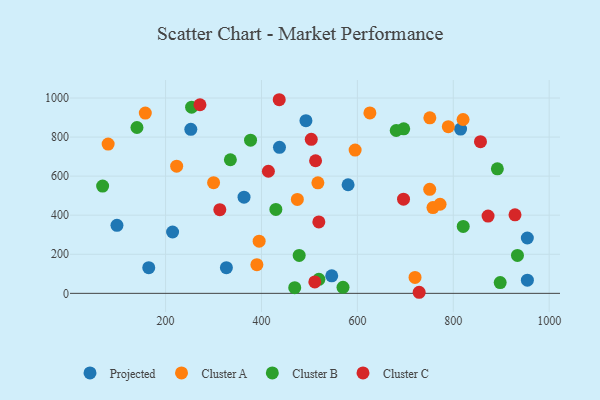
{"axis": {"x": "Investment", "y": "Salary"}, "legend": ["Cluster A", "Cluster B", "Cluster C", "Projected"], "data": [{"x": "954.5", "y": 67.3, "type": "Projected"}, {"x": "164.9", "y": 131.4, "type": "Projected"}, {"x": "98.6", "y": 348.0, "type": "Projected"}, {"x": "580.6", "y": 555.8, "type": "Projected"}, {"x": "492.7", "y": 884.1, "type": "Projected"}, {"x": "437.5", "y": 747.5, "type": "Projected"}, {"x": "326.8", "y": 131.2, "type": "Projected"}, {"x": "954.4", "y": 283.3, "type": "Projected"}, {"x": "252.6", "y": 839.5, "type": "Projected"}, {"x": "546.5", "y": 89.5, "type": "Projected"}, {"x": "363.6", "y": 492.5, "type": "Projected"}, {"x": "815.2", "y": 841.0, "type": "Projected"}, {"x": "214.6", "y": 313.9, "type": "Projected"}, {"x": "757.6", "y": 439.0, "type": "Cluster A"}, {"x": "390.4", "y": 146.7, "type": "Cluster A"}, {"x": "595.3", "y": 733.6, "type": "Cluster A"}, {"x": "820.4", "y": 889.8, "type": "Cluster A"}, {"x": "626.1", "y": 923.5, "type": "Cluster A"}, {"x": "80.2", "y": 764.0, "type": "Cluster A"}, {"x": "720.2", "y": 81.7, "type": "Cluster A"}, {"x": "395.1", "y": 267.0, "type": "Cluster A"}, {"x": "300.1", "y": 566.4, "type": "Cluster A"}, {"x": "750.8", "y": 532.4, "type": "Cluster A"}, {"x": "474.8", "y": 480.7, "type": "Cluster A"}, {"x": "223.1", "y": 651.1, "type": "Cluster A"}, {"x": "789.6", "y": 853.3, "type": "Cluster A"}, {"x": "157.7", "y": 922.6, "type": "Cluster A"}, {"x": "751.1", "y": 898.3, "type": "Cluster A"}, {"x": "772.4", "y": 456.0, "type": "Cluster A"}, {"x": "517.6", "y": 565.5, "type": "Cluster A"}, {"x": "519.7", "y": 71.9, "type": "Cluster B"}, {"x": "478.6", "y": 193.9, "type": "Cluster B"}, {"x": "377.2", "y": 784.2, "type": "Cluster B"}, {"x": "891.9", "y": 637.2, "type": "Cluster B"}, {"x": "933.8", "y": 194.3, "type": "Cluster B"}, {"x": "696.6", "y": 842.0, "type": "Cluster B"}, {"x": "820.7", "y": 342.8, "type": "Cluster B"}, {"x": "469.3", "y": 28.9, "type": "Cluster B"}, {"x": "430.0", "y": 429.5, "type": "Cluster B"}, {"x": "254.3", "y": 953.1, "type": "Cluster B"}, {"x": "68.7", "y": 549.0, "type": "Cluster B"}, {"x": "570.0", "y": 30.9, "type": "Cluster B"}, {"x": "897.8", "y": 55.0, "type": "Cluster B"}, {"x": "335.1", "y": 683.9, "type": "Cluster B"}, {"x": "140.3", "y": 848.9, "type": "Cluster B"}, {"x": "681.0", "y": 833.6, "type": "Cluster B"}, {"x": "728.8", "y": 5.5, "type": "Cluster C"}, {"x": "512.8", "y": 678.8, "type": "Cluster C"}, {"x": "519.6", "y": 365.7, "type": "Cluster C"}, {"x": "928.7", "y": 401.7, "type": "Cluster C"}, {"x": "271.7", "y": 965.5, "type": "Cluster C"}, {"x": "503.8", "y": 788.3, "type": "Cluster C"}, {"x": "872.5", "y": 395.7, "type": "Cluster C"}, {"x": "437.0", "y": 991.1, "type": "Cluster C"}, {"x": "696.2", "y": 481.8, "type": "Cluster C"}, {"x": "414.4", "y": 624.9, "type": "Cluster C"}, {"x": "313.1", "y": 428.5, "type": "Cluster C"}, {"x": "511.2", "y": 58.5, "type": "Cluster C"}, {"x": "856.7", "y": 776.6, "type": "Cluster C"}]}